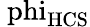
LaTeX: \mathrm{\ phi_{HCS}}